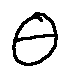
\theta